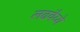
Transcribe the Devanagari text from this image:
लढवैय्ये